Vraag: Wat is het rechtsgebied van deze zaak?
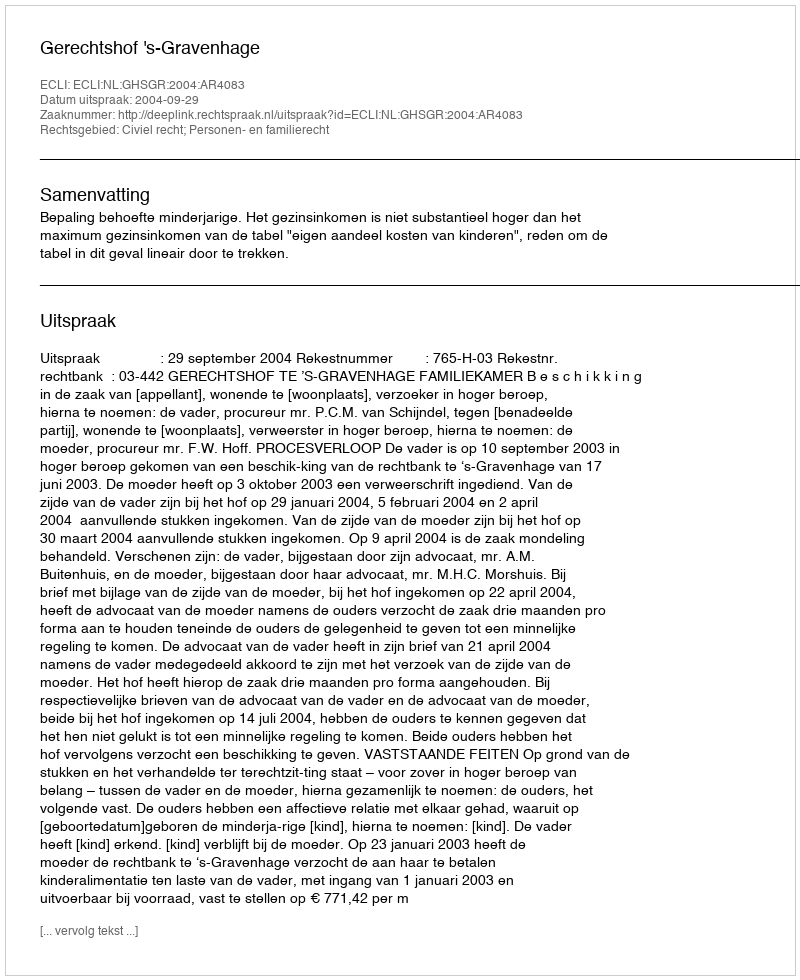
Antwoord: Civiel recht; Personen- en familierecht